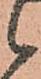
候